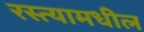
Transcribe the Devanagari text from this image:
रस्त्यामधील